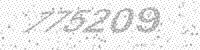
Solution: 775209